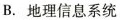
B. 地理信息系统